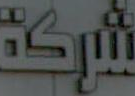
شركة